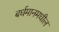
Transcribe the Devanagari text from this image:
बर्धमानमधील